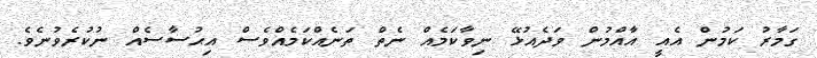
ގަމާރު ކަމުން އެއީ އާއްމުން ވަދެއުޅޭ ނިވާކަމެއް ނެތް ތަނެއްކަމެއްވެސް އިޙުސާސެއް ނުކުރެވުނެވެ.